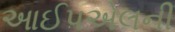
આઈપએલની